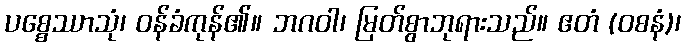
ပစ္စေဿာသုံ၊ ဝန်ခံကုန်၏။ ဘဂဝါ၊ မြတ်စွာဘုရားသည်။ ဧတံ (ဝစနံ)၊